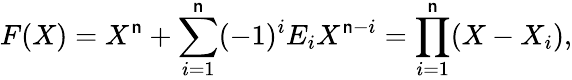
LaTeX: F(X)=X^{\mathsf{n}}+\sum_{i=1}^{\mathsf{n}}(-1)^{i}E_{i}X^{\mathsf{n}-i}=\prod_{i=1}^{\mathsf{n}}(X-X_{i}),